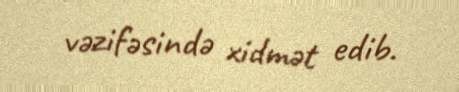
vəzifəsində xidmət edib.